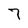
Character: 7